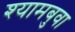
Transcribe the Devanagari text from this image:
श्यामबुवा